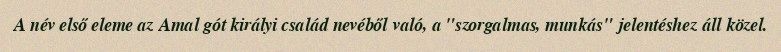
A név első eleme az Amal gót királyi család nevéből való, a "szorgalmas, munkás" jelentéshez áll közel.